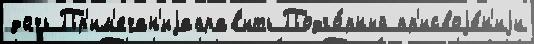
дочь Пр'им'ечан'иjаправ'ить Подго́рный пр'исвоjе́н'иjи